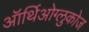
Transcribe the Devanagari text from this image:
ऑर्थिओग्लुकोज